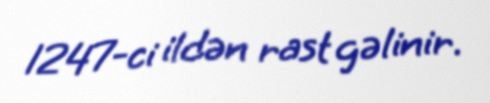
1247-ci ildən rast gəlinir.